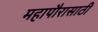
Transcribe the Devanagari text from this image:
महापौरासाठी